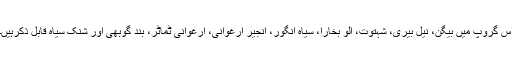
اس گروپ میں بیگن، نیل بیری، شہتوت، آلو بخارا، سیاہ انگور، انجیر ارغوانی، ارغوانی ٹماٹر، بند گوبھی اور شنک سیاہ قابل ذکرہیں۔